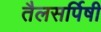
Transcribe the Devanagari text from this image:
तैलसर्पिषी